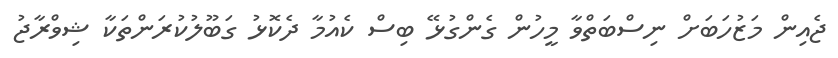
ޖެއިން މަޒުހަބަށް ނިސްބަތްވާ މީހުން ގެންގުޅޭ ބިސް ކެއުމާ ދެކޮޅު ގަބޫލުކުރަންތަކާ ޝިވްރާޖު